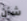
شأن